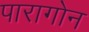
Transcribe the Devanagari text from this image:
पारागोन